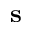
\mathbf { s }